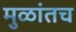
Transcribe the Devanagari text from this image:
मुळांतच